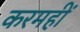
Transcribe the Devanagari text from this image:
करमहीं